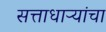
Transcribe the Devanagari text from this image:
सत्ताधाऱ्यांचा